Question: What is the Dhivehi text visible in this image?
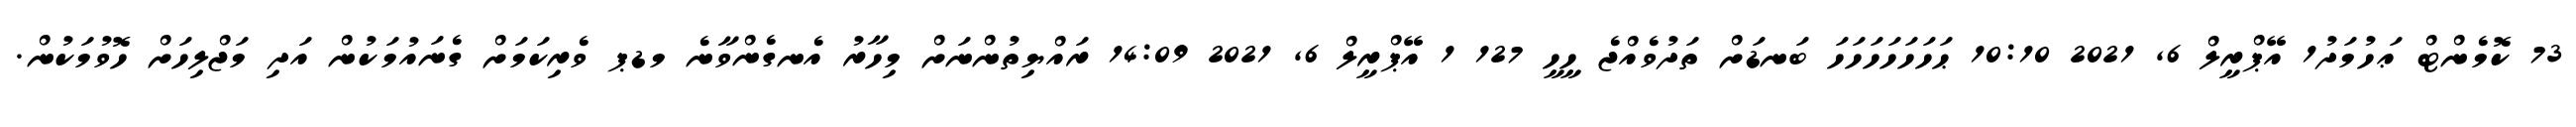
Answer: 73 ކޮމެންޓް ޢަހުމަދު1 އޭޕްރީލް 6, 2021 10:10 ޙަހަހަހަހަހަހަ ބަނޑަށް ތަދުވެއްޖެ ހީހީ 127 1 އޭޕްރީލް 6, 2021 14:09 ރައްޔިތުންނަށް މިހާރު އެނގެންވާނެ މޑޕ ވެރިކަމަށް ގެނައުމަކުން އަދި މަޖްލިހަށް ހޮވުމަކުން.